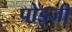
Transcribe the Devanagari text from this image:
पोइजी